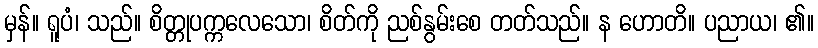
မှန်။ ရူပံ၊ သည်။ စိတ္တုပက္ကလေသော၊ စိတ်ကို ညစ်နွမ်းစေ တတ်သည်။ န ဟောတိ။ ပညာယ၊ ၏။